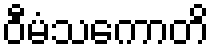
ဝီမံသကောတိ